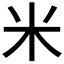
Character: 米